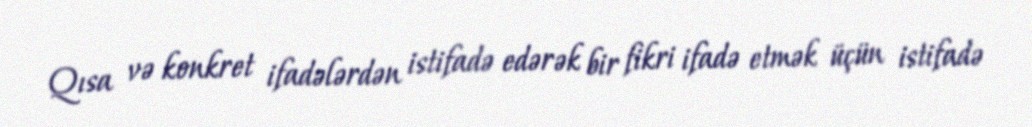
Qısa və konkret ifadələrdən istifadə edərək bir fikri ifadə etmək üçün istifadə